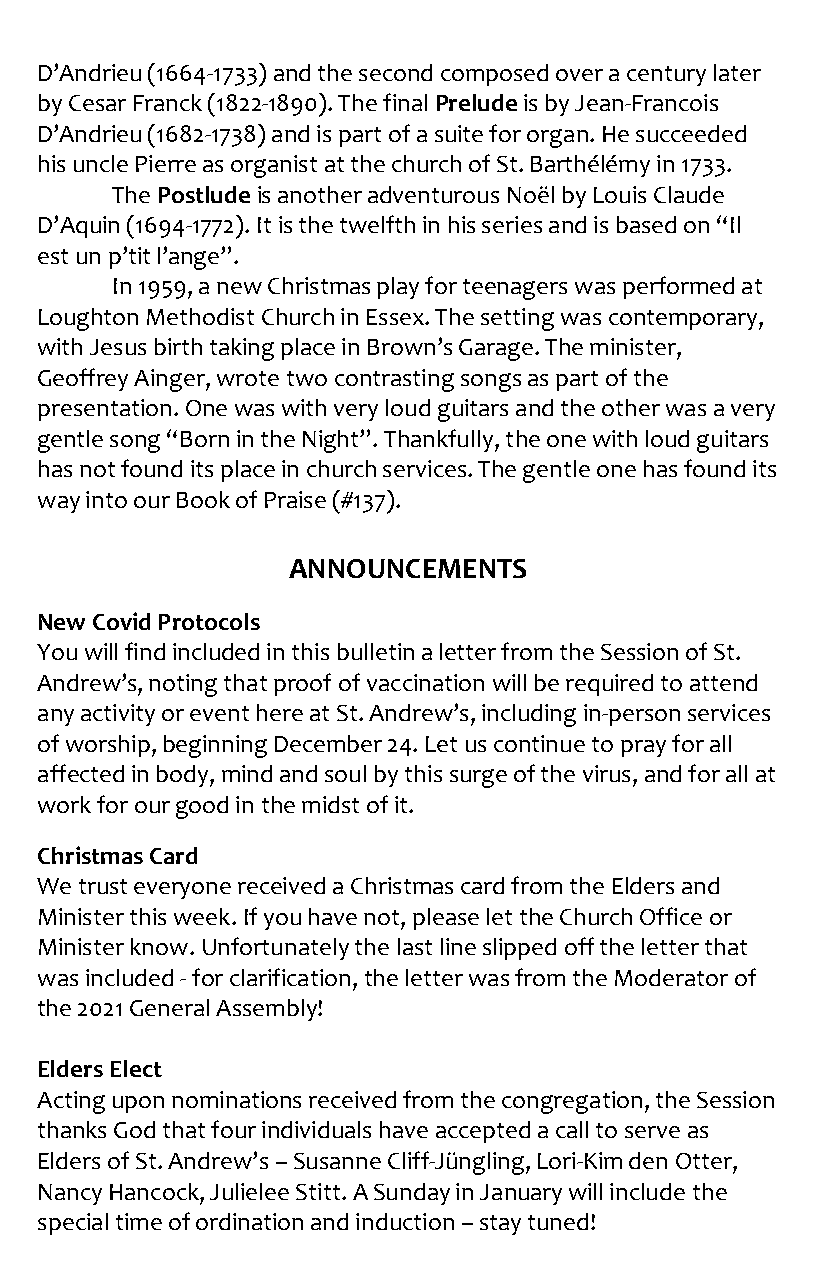
D’Andrieu (1664-1733) and the second composed over a century later
 by Cesar Franck (1822-1890). The final Prelude is by Jean-Francois
 D’Andrieu (1682-1738) and is part of a suite for organ. He succeeded
 his uncle Pierre as organist at the church of St. Barthélémy in 1733.
 The Postlude is another adventurous Noël by Louis Claude
 D’Aquin (1694-1772). It is the twelfth in his series and is based on “Il
 est un p’tit l’ange”.
 In 1959, a new Christmas play for teenagers was performed at
 Loughton Methodist Church in Essex. The setting was contemporary,
 with Jesus birth taking place in Brown’s Garage. The minister,
 Geoffrey Ainger, wrote two contrasting songs as part of the
 presentation. One was with very loud guitars and the other was a very
 gentle song “Born in the Night”. Thankfully, the one with loud guitars
 has not found its place in church services. The gentle one has found its
 way into our Book of Praise (#137).
 ANNOUNCEMENTS
 New Covid Protocols
 You will find included in this bulletin a letter from the Session of St.
 Andrew’s, noting that proof of vaccination will be required to attend
 any activity or event here at St. Andrew’s, including in-person services
 of worship, beginning December 24. Let us continue to pray for all
 affected in body, mind and soul by this surge of the virus, and for all at
 work for our good in the midst of it.
 Christmas Card
 We trust everyone received a Christmas card from the Elders and
 Minister this week. If you have not, please let the Church Office or
 Minister know. Unfortunately the last line slipped off the letter that
 was included - for clarification, the letter was from the Moderator of
 the 2021 General Assembly!
 Elders Elect
 Acting upon nominations received from the congregation, the Session
 thanks God that four individuals have accepted a call to serve as
 Elders of St. Andrew’s – Susanne Cliff-Jüngling, Lori-Kim den Otter,
 Nancy Hancock, Julielee Stitt. A Sunday in January will include the
 special time of ordination and induction – stay tuned!